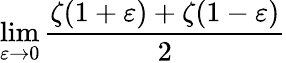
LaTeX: \operatorname*{lim}_{\varepsilon\to 0}{\frac{\zeta(1+\varepsilon)+\zeta(1-\varepsilon)}{2}}